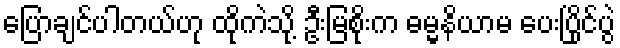
ပြောချင်ပါတယ်ဟု ထိုကဲသို့ ဦးမြစိုးက ဓမ္မနိယာမ ပေးပြိုင်ပွဲ